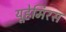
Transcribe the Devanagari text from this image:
यूहेमिरस